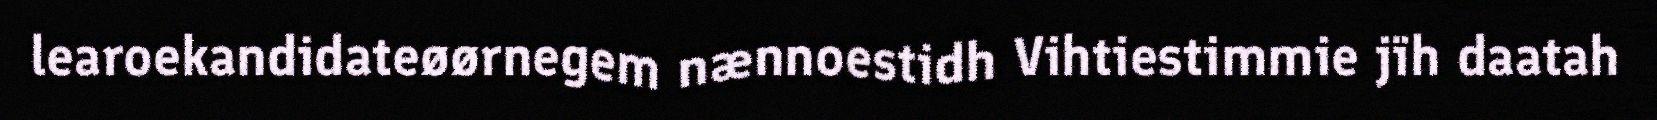
learoekandidateøørnegem nænnoestidh Vihtiestimmie jïh daatah